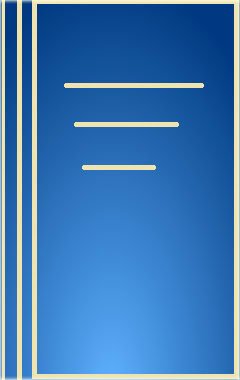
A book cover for Stress Tolerance of Fungi (Mycology); Medical Books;